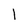
Character: 1